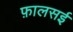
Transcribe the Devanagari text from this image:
फ़ालसई